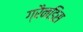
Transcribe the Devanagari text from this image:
ग्रैनडिस